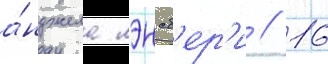
а́нджела лэнсб'ер'и // 16